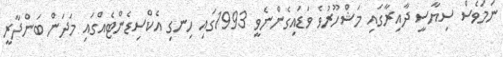
ނަމަވެސް ސިޔާސީ ދާއިރާގައި މަޝްހޫރުވެ ވަޑައިގެންނެވީ 1993ގައި ހިނގި އެކްސިޑެންޓެއްގައި މަދަން ބަންދާރީ